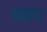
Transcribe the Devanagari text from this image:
जन्म१२